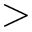
>